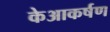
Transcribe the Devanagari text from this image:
केआकर्षण